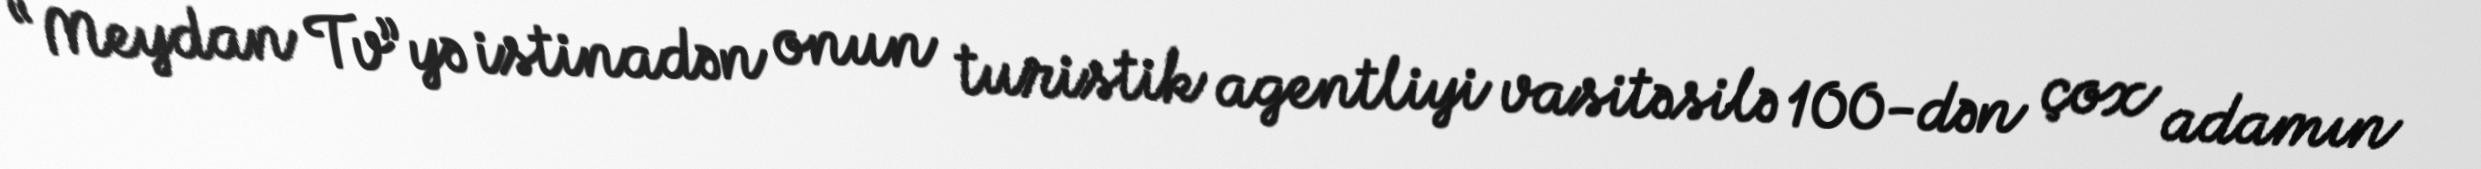
“Meydan Tv”yə istinadən onun turistik agentliyi vasitəsilə 100-dən çox adamın